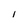
Character: I